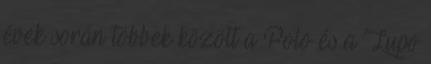
évek során többek között a Polo és a Lupo